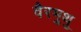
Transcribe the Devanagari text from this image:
वैरमुथु